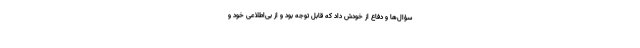
سؤال‌ها و دفاع از خودش داد كه قابل توجه بود و از بى‌اطلاعى خود و